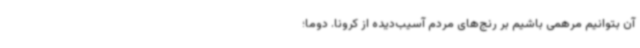
آن بتوانیم مرهمی باشیم بر رنج‌های مردم آسیب‌دیده از کرونا. دوما؛ً